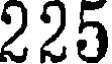
225